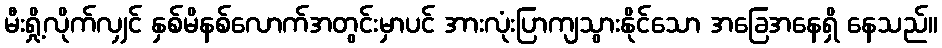
မီးရှို့လိုက်လျှင် နှစ်မိနစ်လောက်အတွင်းမှာပင် အားလုံးပြာကျသွားနိုင်သော အခြေအနေရှိ နေသည်။